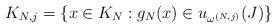
LaTeX: \begin{align*}K_{N,j} = \left\{x\in K_N: g_N(x)\in u_{\omega^{(N,j)}}(J)\right\}\end{align*}